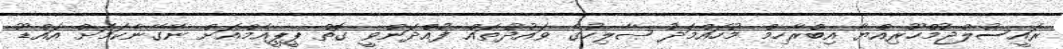
ރައީސުލްޖުމްހޫރިއްޔާ އިބްރާހިމް މުހައްމަދު ޞާލިހުގެ ވައުދުތައް ފުއްދަންވީ ގޮތް ޕީޕީއެމްއަށް ނޭގޭނެކަމަށް އައްޑޫ